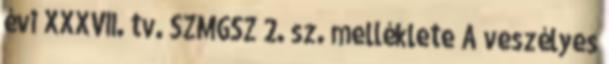
évi XXXVII. tv. SZMGSZ 2. sz. melléklete A veszélyes